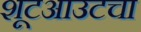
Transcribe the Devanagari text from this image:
शूटआउटचा